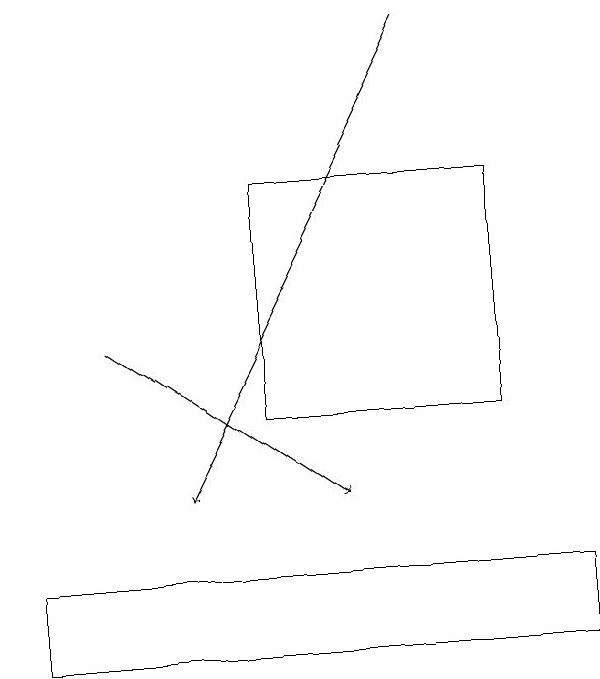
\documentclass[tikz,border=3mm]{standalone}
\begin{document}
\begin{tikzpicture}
\draw[->] (6,19) -- (3,13);
\draw (4,14) rectangle (7,17);
\draw (1,12) rectangle (8,11);
\draw[->] (2,15) -- (5,13);
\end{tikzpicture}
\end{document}